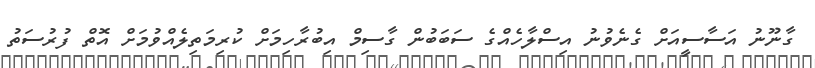
ގާނޫނު އަސާސީއަށް ގެނެވުނު އިސްލާހެއްގެ ސަބަބުން ގާސިމް އިބުރާހިމަށް ކުރިމަތިލެއްވުމަށް އޮތް ފުރުސަތު